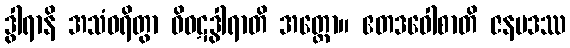
ဒွါရာနိ အသံဝရိတွာ ဝိဝဋဒွါရာတိ အတ္ထော။ ဧတဒဝေါစာတိ ဇနပဒဿ